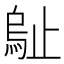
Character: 𣦑